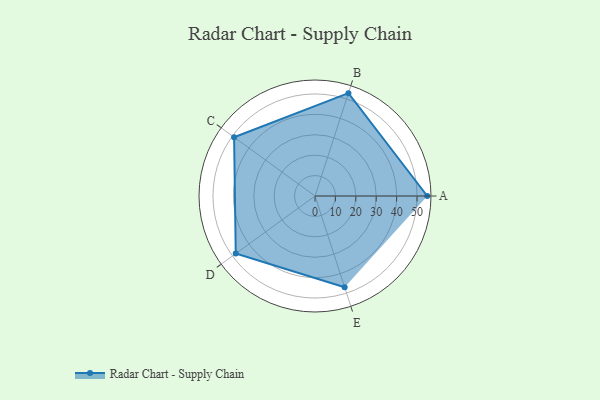
{"axis": {"x": "Skill", "y": "Score"}, "legend": ["Profile"], "data": [{"x": "A", "y": 55.0, "type": "Profile"}, {"x": "B", "y": 53.0, "type": "Profile"}, {"x": "C", "y": 49.0, "type": "Profile"}, {"x": "D", "y": 48.0, "type": "Profile"}, {"x": "E", "y": 47.0, "type": "Profile"}]}